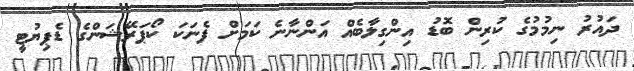
ދައުރު ނިމުމުގެ ކުރިން ބޮޑު އިންގިލާބެއް އަންނާނެ ކަމަށް ފެނަކަ ކޯޕަރޭޝަންގެ ޑެޕިޔުޓީ